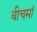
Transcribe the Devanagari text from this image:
बीचमां